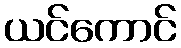
ယင်ကောင်